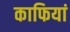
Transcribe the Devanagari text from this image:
काफियां